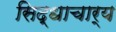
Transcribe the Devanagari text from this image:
सिद्धाचार्य